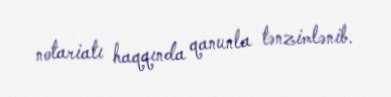
notariatı haqqında qanunla tənzimlənib.